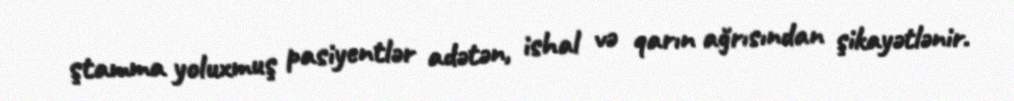
ştamma yoluxmuş pasiyentlər adətən, ishal və qarın ağrısından şikayətlənir.